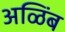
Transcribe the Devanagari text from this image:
अळिंब